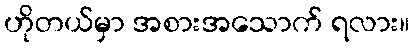
ဟိုတယ်မှာ အစားအသောက် ရလား။